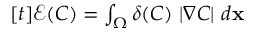
\begin{array} { r } { [ t ] \mathcal { E } ( C ) = \int _ { \Omega } \delta ( C ) \ | \nabla C | \ d \mathbf { x } } \end{array}